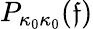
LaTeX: P_{\kappa_{0}\kappa_{0}}(\mathfrak{f})